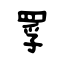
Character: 罦